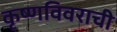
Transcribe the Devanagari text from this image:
कृष्णविवराची